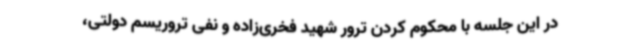
در این جلسه با محکوم کردن ترور شهید فخری‌زاده و نفی تروریسم دولتی،